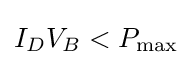
I_{D}V_{B}<P_{\text{max}}